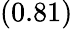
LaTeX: \left(0.81\right)